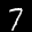
Label: 7